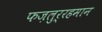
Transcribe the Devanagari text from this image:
फज़लुर्रहमान